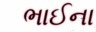
ભાઈના